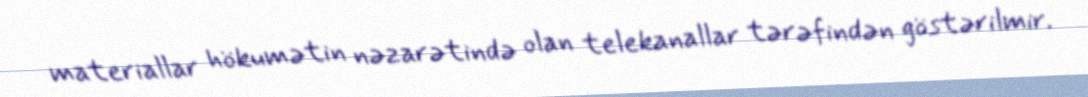
materiallar hökumətin nəzarətində olan telekanallar tərəfindən göstərilmir.